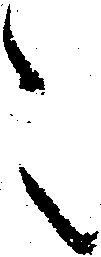
々